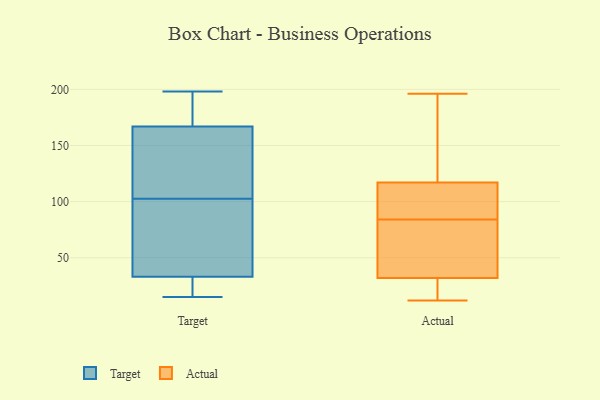
{"axis": {"x": "Net Income (USD K)", "y": "Value"}, "legend": ["Actual", "Target"], "data": [{"x": "", "y": 23, "type": "Target"}, {"x": "", "y": 27, "type": "Target"}, {"x": "", "y": 174, "type": "Target"}, {"x": "", "y": 136, "type": "Target"}, {"x": "", "y": 108, "type": "Target"}, {"x": "", "y": 173, "type": "Target"}, {"x": "", "y": 50, "type": "Target"}, {"x": "", "y": 141, "type": "Target"}, {"x": "", "y": 195, "type": "Target"}, {"x": "", "y": 118, "type": "Target"}, {"x": "", "y": 77, "type": "Target"}, {"x": "", "y": 88, "type": "Target"}, {"x": "", "y": 25, "type": "Target"}, {"x": "", "y": 161, "type": "Target"}, {"x": "", "y": 29, "type": "Target"}, {"x": "", "y": 97, "type": "Target"}, {"x": "", "y": 15, "type": "Target"}, {"x": "", "y": 37, "type": "Target"}, {"x": "", "y": 188, "type": "Target"}, {"x": "", "y": 198, "type": "Target"}, {"x": "", "y": 121, "type": "Actual"}, {"x": "", "y": 114, "type": "Actual"}, {"x": "", "y": 27, "type": "Actual"}, {"x": "", "y": 54, "type": "Actual"}, {"x": "", "y": 38, "type": "Actual"}, {"x": "", "y": 93, "type": "Actual"}, {"x": "", "y": 40, "type": "Actual"}, {"x": "", "y": 147, "type": "Actual"}, {"x": "", "y": 18, "type": "Actual"}, {"x": "", "y": 12, "type": "Actual"}, {"x": "", "y": 91, "type": "Actual"}, {"x": "", "y": 79, "type": "Actual"}, {"x": "", "y": 30, "type": "Actual"}, {"x": "", "y": 89, "type": "Actual"}, {"x": "", "y": 118, "type": "Actual"}, {"x": "", "y": 165, "type": "Actual"}, {"x": "", "y": 18, "type": "Actual"}, {"x": "", "y": 196, "type": "Actual"}, {"x": "", "y": 84, "type": "Actual"}]}